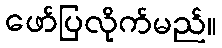
ဖော်ပြလိုက်မည်။